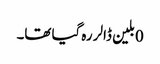
0بلین ڈالر رہ گیا تھا۔